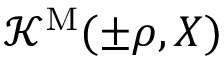
{ \mathcal K } ^ { \mathrm { M } } ( \pm \rho , X )